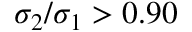
\sigma _ { 2 } / \sigma _ { 1 } > 0 . 9 0